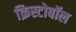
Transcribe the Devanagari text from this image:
क्रिस्टोबॉल